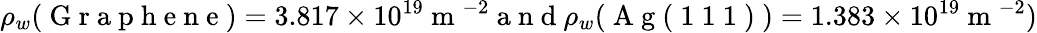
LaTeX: \rho_{w}(\mathrm{~G~r~a~p~h~e~n~e~})=3.817\times 10^{19}\mathrm{~m~}^{-2}\mathrm{~a~n~d~}\rho_{w}(\mathrm{~A~g~(~1~1~1~)~})=1.383\times 10^{19}\mathrm{~m~}^{-2})